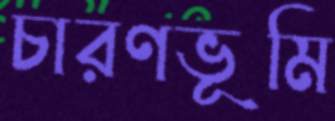
চারণভূমি